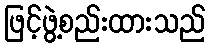
ဖြင့်ဖွဲ့စည်းထားသည်